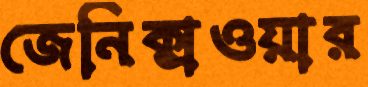
জেনিক্সওয়ার